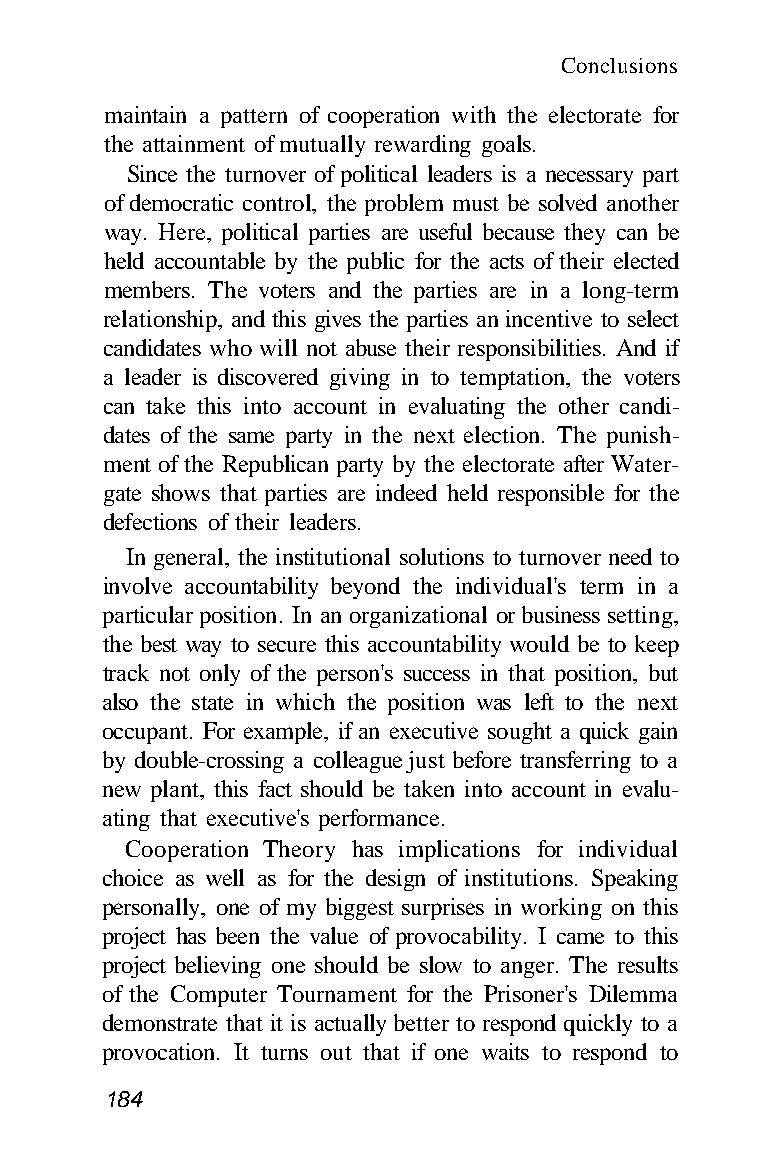
Conclusions
 maintain a pattern of cooperation with the electorate for
 the attainment of mutually rewarding goals.
 Since the turnover of political leaders is a necessary part
 of democratic control, the problem must be solved another
 way. Here, political parties are useful because they can be
 held accountable by the public for the acts of their elected
 members. The voters and the parties are in a long-term
 relationship, and this gives the parties an incentive to select
 candidates who will not abuse their responsibilities. And if
 a leader is discovered giving in to temptation, the voters
 can take this into account in evaluating the other candi-
 dates of the same party in the next election. The punish-
 ment of the Republican party by the electorate after Water-
 gate shows that parties are indeed held responsible for the
 defections of their leaders.
 In general, the institutional solutions to turnover need to
 involve accountability beyond the individual's term in a
 particular position. In an organizational or business setting,
 the best way to secure this accountability would be to keep
 track not only of the person's success in that position, but
 also the state in which the position was left to the next
 occupant. For example, if an executive sought a quick gain
 by double-crossing a colleague just before transferring to a
 new plant, this fact should be taken into account in evalu-
 ating that executive's performance.
 Cooperation Theory has implications for individual
 choice as well as for the design of institutions. Speaking
 personally, one of my biggest surprises in working on this
 project has been the value of provocability. I came to this
 project believing one should be slow to anger. The results
 of the Computer Tournament for the Prisoner's Dilemma
 demonstrate that it is actually better to respond quickly to a
 provocation. It turns out that if one waits to respond to
 184